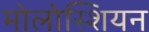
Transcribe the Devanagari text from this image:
मोलोस्शियन